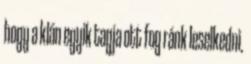
hogy a klán egyik tagja ott fog ránk leselkedni.